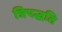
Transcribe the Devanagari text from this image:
त्रिपद्धति